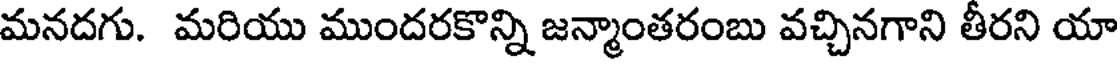
మనదగు. మరియు ముందరకొన్ని జన్మాంతరంబు వచ్చినగాని తీరని యా